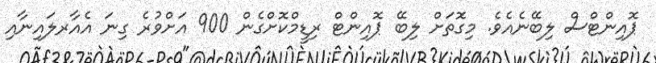
ޕޮއިންޓްސް ލިބޭނެއެވެ. މިގޮަތަށް ލިބޭ ޕޮއިންޓް ރިޑީމްކޮށްގެން 900 އަށްވުރެ ގިނަ އެއާރލައިނާއި